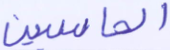
الحاسبين